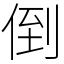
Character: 倒